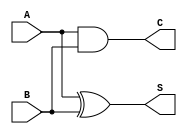
module conditional_half_adder (
    input wire A,  // Input 1
    input wire B,  // Input 2
    output wire S, // Sum output
    output wire C  // Carry output
);

// Assign the Sum (S) using XOR operation
assign S = A ^ B;

// Assign the Carry (C) using AND operation
assign C = A & B;

endmodule